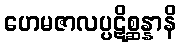
ဟေမဇာလပ္ပဋိစ္ဆန္နာနိ